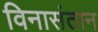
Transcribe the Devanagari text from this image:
विनासंतान